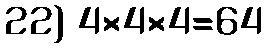
22) 4×4×4=64